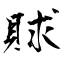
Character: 賕